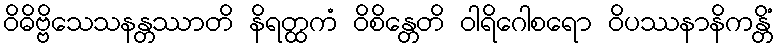
ဝိဓိဗ္ဗိသေသနန္တဿာတိ နိရတ္ထကံ ဝိစိန္တေတိ ဝါရိဂေါစရော ဝိပဿနာနိကန္တိံ